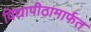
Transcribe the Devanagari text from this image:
विद्यापीठामार्फत